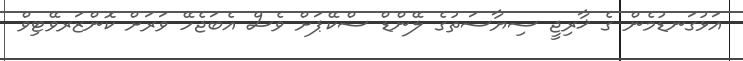
އަޅުގަނޑުމެން ގެ ޚާރިޖީ ސިޔާސަތުގެ ލޭންޑް ސްކޭޕަށް ވެސް އެބަޖެހޭ ވަރަށް ކޮންޒަރވޭޓިވް